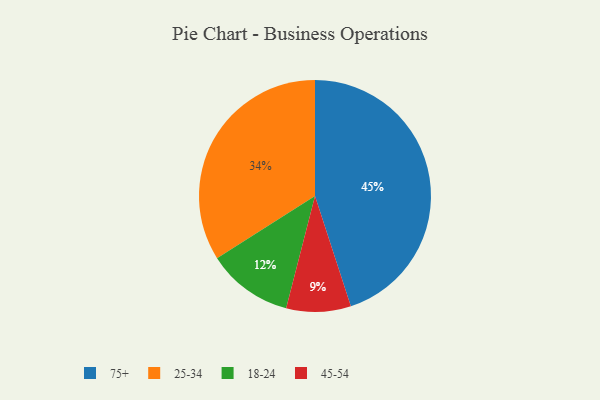
{"axis": {"x": "Category", "y": "Percentage"}, "legend": ["18-24", "25-34", "45-54", "75+"], "data": [{"x": "45-54", "y": 9, "type": "45-54"}, {"x": "25-34", "y": 34, "type": "25-34"}, {"x": "75+", "y": 45, "type": "75+"}, {"x": "18-24", "y": 12, "type": "18-24"}]}